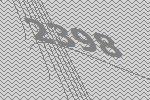
2398